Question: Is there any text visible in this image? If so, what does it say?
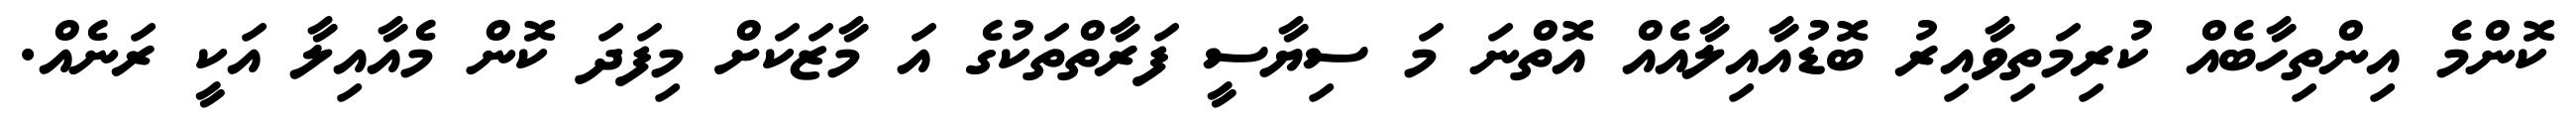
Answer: ކޮންމެ އިންތިހާބެއް ކުރިމަތިވާއިރު ބޮޑުއާއިލާއެއް އޮތްނަ މަ ސިޔާސީ ފަރާތްތަކުގެ އަ މާޒަކަށް މިފަދަ ކޮން މެއާއިލާ އަކީ ރަނެއް.